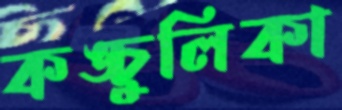
কঙ্চুলিকা